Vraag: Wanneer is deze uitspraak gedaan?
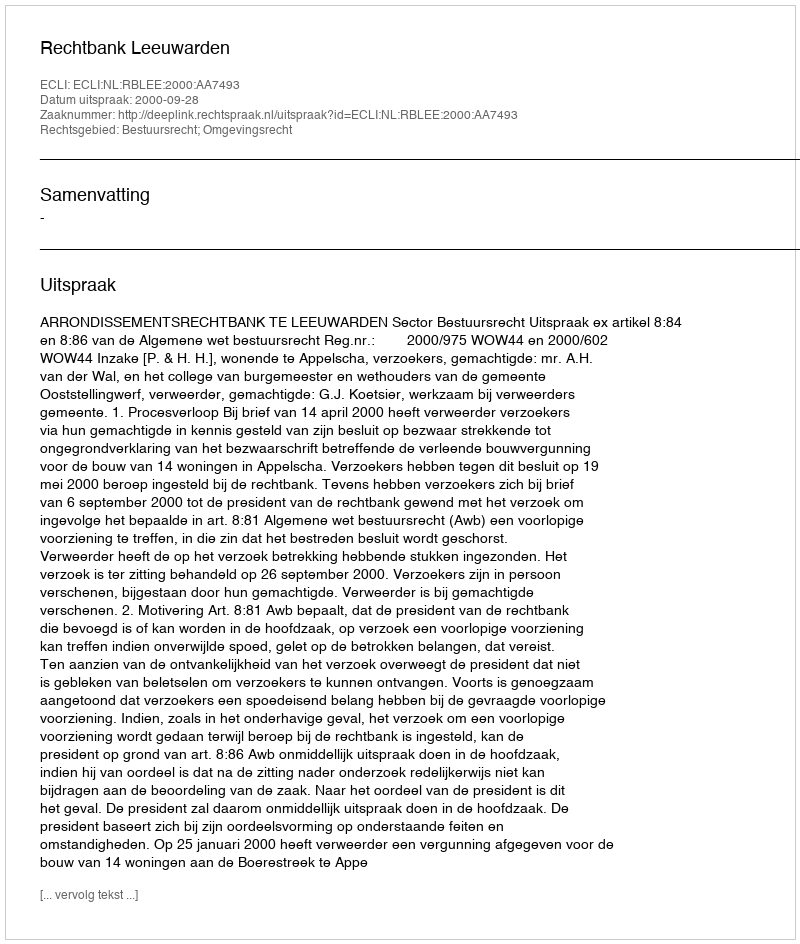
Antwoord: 2000-09-28